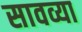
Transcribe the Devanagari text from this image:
सावव्या